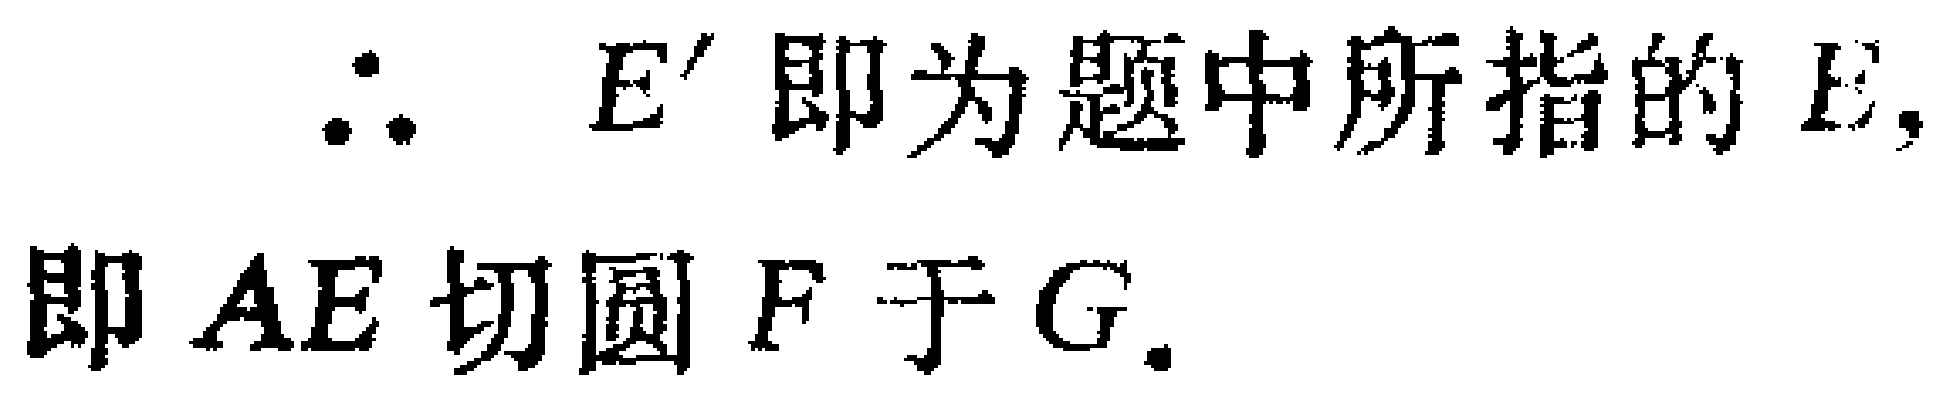
\(\therefore E'\) 即为题中所指的 \(E,\) 即 \(AE\) 切圆 \(F\) 于 \(G.\)